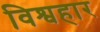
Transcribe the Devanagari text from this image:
विश्वहार